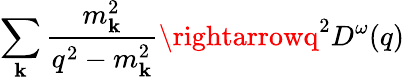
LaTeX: \sum_{\mathbf{k}}\frac{{m_{\mathbf{k}}^{2}}}{{q^{2}-m_{\mathbf{k}}^{2}}}\rightarrowq^{2}D^{\omega}(q)